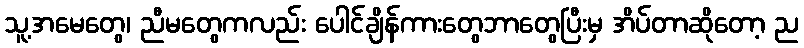
သူ့အမေတွေ၊ ညီမတွေကလည်း ပေါင်ချိန်ကားတွေဘာတွေပြီးမှ အိပ်တာဆိုတော့ ည